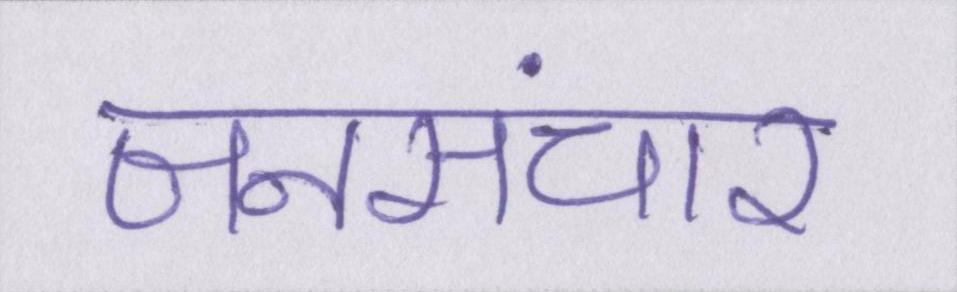
जनसंचार